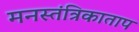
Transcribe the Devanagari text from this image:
मनस्तंत्रिकाताप